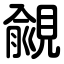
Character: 覦